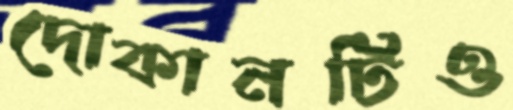
দোকানটিও